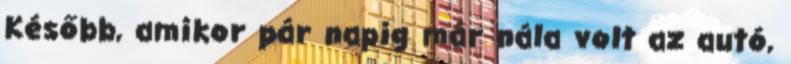
Később, amikor pár napig már nála volt az autó,